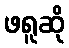
ဖရူဆို